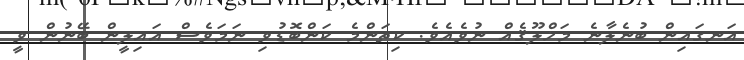
އަނގައިން ބުނެލާނެ މަޚްލޫޤެއް ނުވެއެވެ. ކިތަންމެ ކަންބޮޑުވި ނަމަވެސް އައިލީން ބޭނުން ވީ